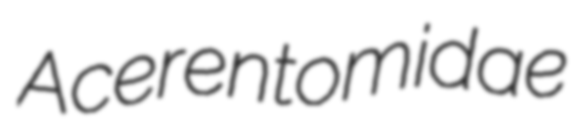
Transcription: Acerentomidae